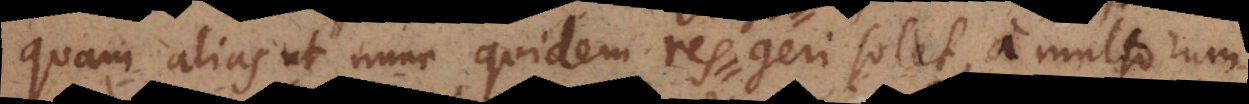
quam alias ut nunc quidem res geri solet, a multorum